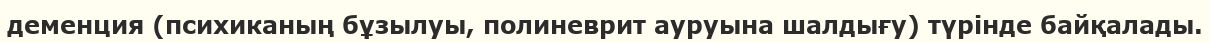
деменция (психиканың бұзылуы, полиневрит ауруына шалдығу) түрінде байқалады.